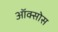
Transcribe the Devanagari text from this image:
ऑक्सोस